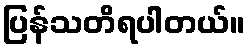
ပြန်သတိရပါတယ်။